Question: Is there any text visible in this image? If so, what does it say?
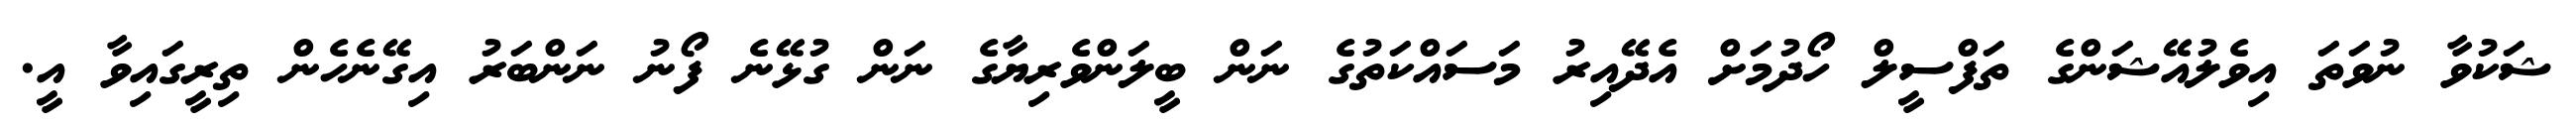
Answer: ޝަކުވާ ނުވަތަ އިވެލުއޭޝަންގެ ތަފްސީލް ހޯދުމަށް އެދޭއިރު މަސައްކަތުގެ ނަން ބީލަންވެރިޔާގެ ނަން ގުޅޭނެ ފޯނު ނަންބަރު އިގޭނެހެން ތިރީގައިވާ އީ.